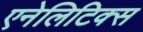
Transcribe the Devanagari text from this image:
एनेलिटिक्स